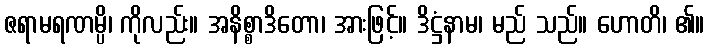
ဇရာမရဏမ္ပိ၊ ကိုလည်း။ အနိစ္စာဒိတော၊ အားဖြင့်။ ဒိဋ္ဌံနာမ၊ မည် သည်။ ဟောတိ၊ ၏။